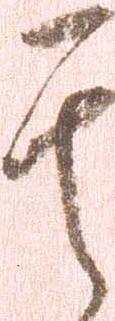
其